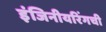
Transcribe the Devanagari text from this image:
इंजिनीयरिंगची